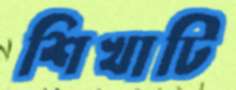
শিখাটি